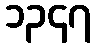
၁၃၄၇